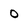
Character: 0